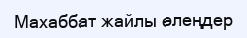
Махаббат жайлы өлеңдер